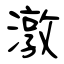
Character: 潡